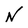
Character: N